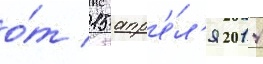
о́т 15 апр'е́л'я 2014